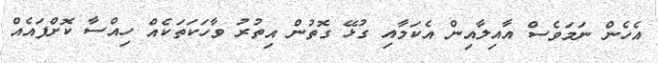
އެހެން ނަމަވެސް އާއިލާއިން އެކަމާއި ގުޅޭ ގޮތުން އިތުރު ވާހަކަތަކެއް ހިއްސާ ކޮށްފައެއް